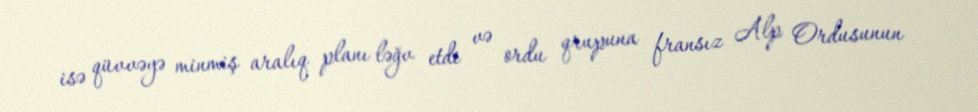
isə qüvvəyə minmiş aralıq planı ləğv etdi və ordu qrupuna fransız Alp Ordusunun